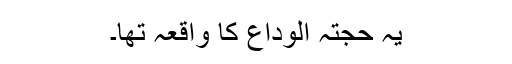
یہ حجتہ الوداع کا واقعہ تھا۔